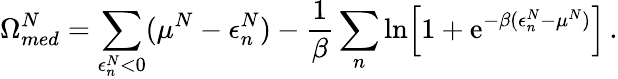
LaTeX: \Omega_{med}^{N}=\sum_{\epsilon_{n}^{N}<0}(\mu^{N}-\epsilon_{n}^{N})-{\frac{1}{\beta}}\sum_{n}\ln\Bigl[1+\mathrm{e}^{-\beta(\epsilon_{n}^{N}-\mu^{N})}\Bigr]\, .